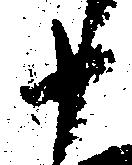
十